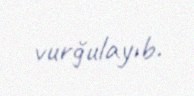
vurğulayıb.